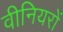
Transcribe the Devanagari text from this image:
वीनियरों